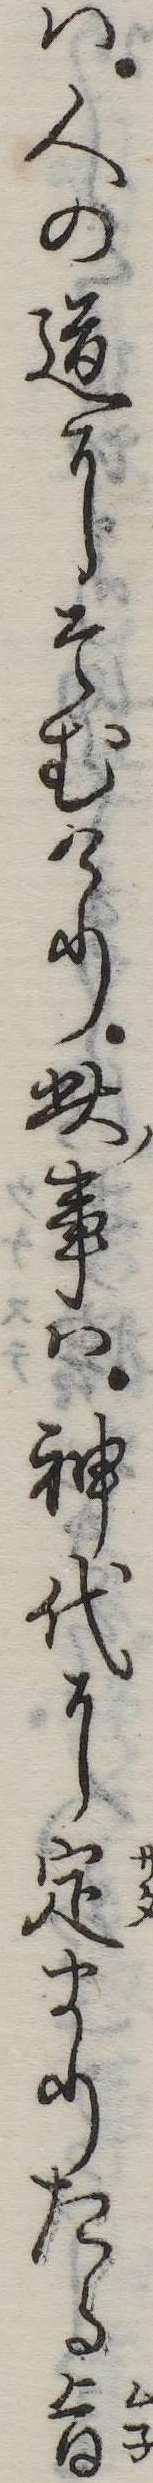
は人の道にそむけり此事は神代に定まりたる旨